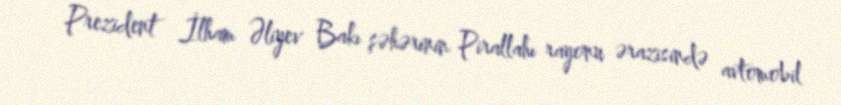
Prezident İlham Əliyev Bakı şəhərinin Pirallahı rayonu ərazisində avtomobil